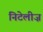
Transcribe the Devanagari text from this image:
निटेलीज़